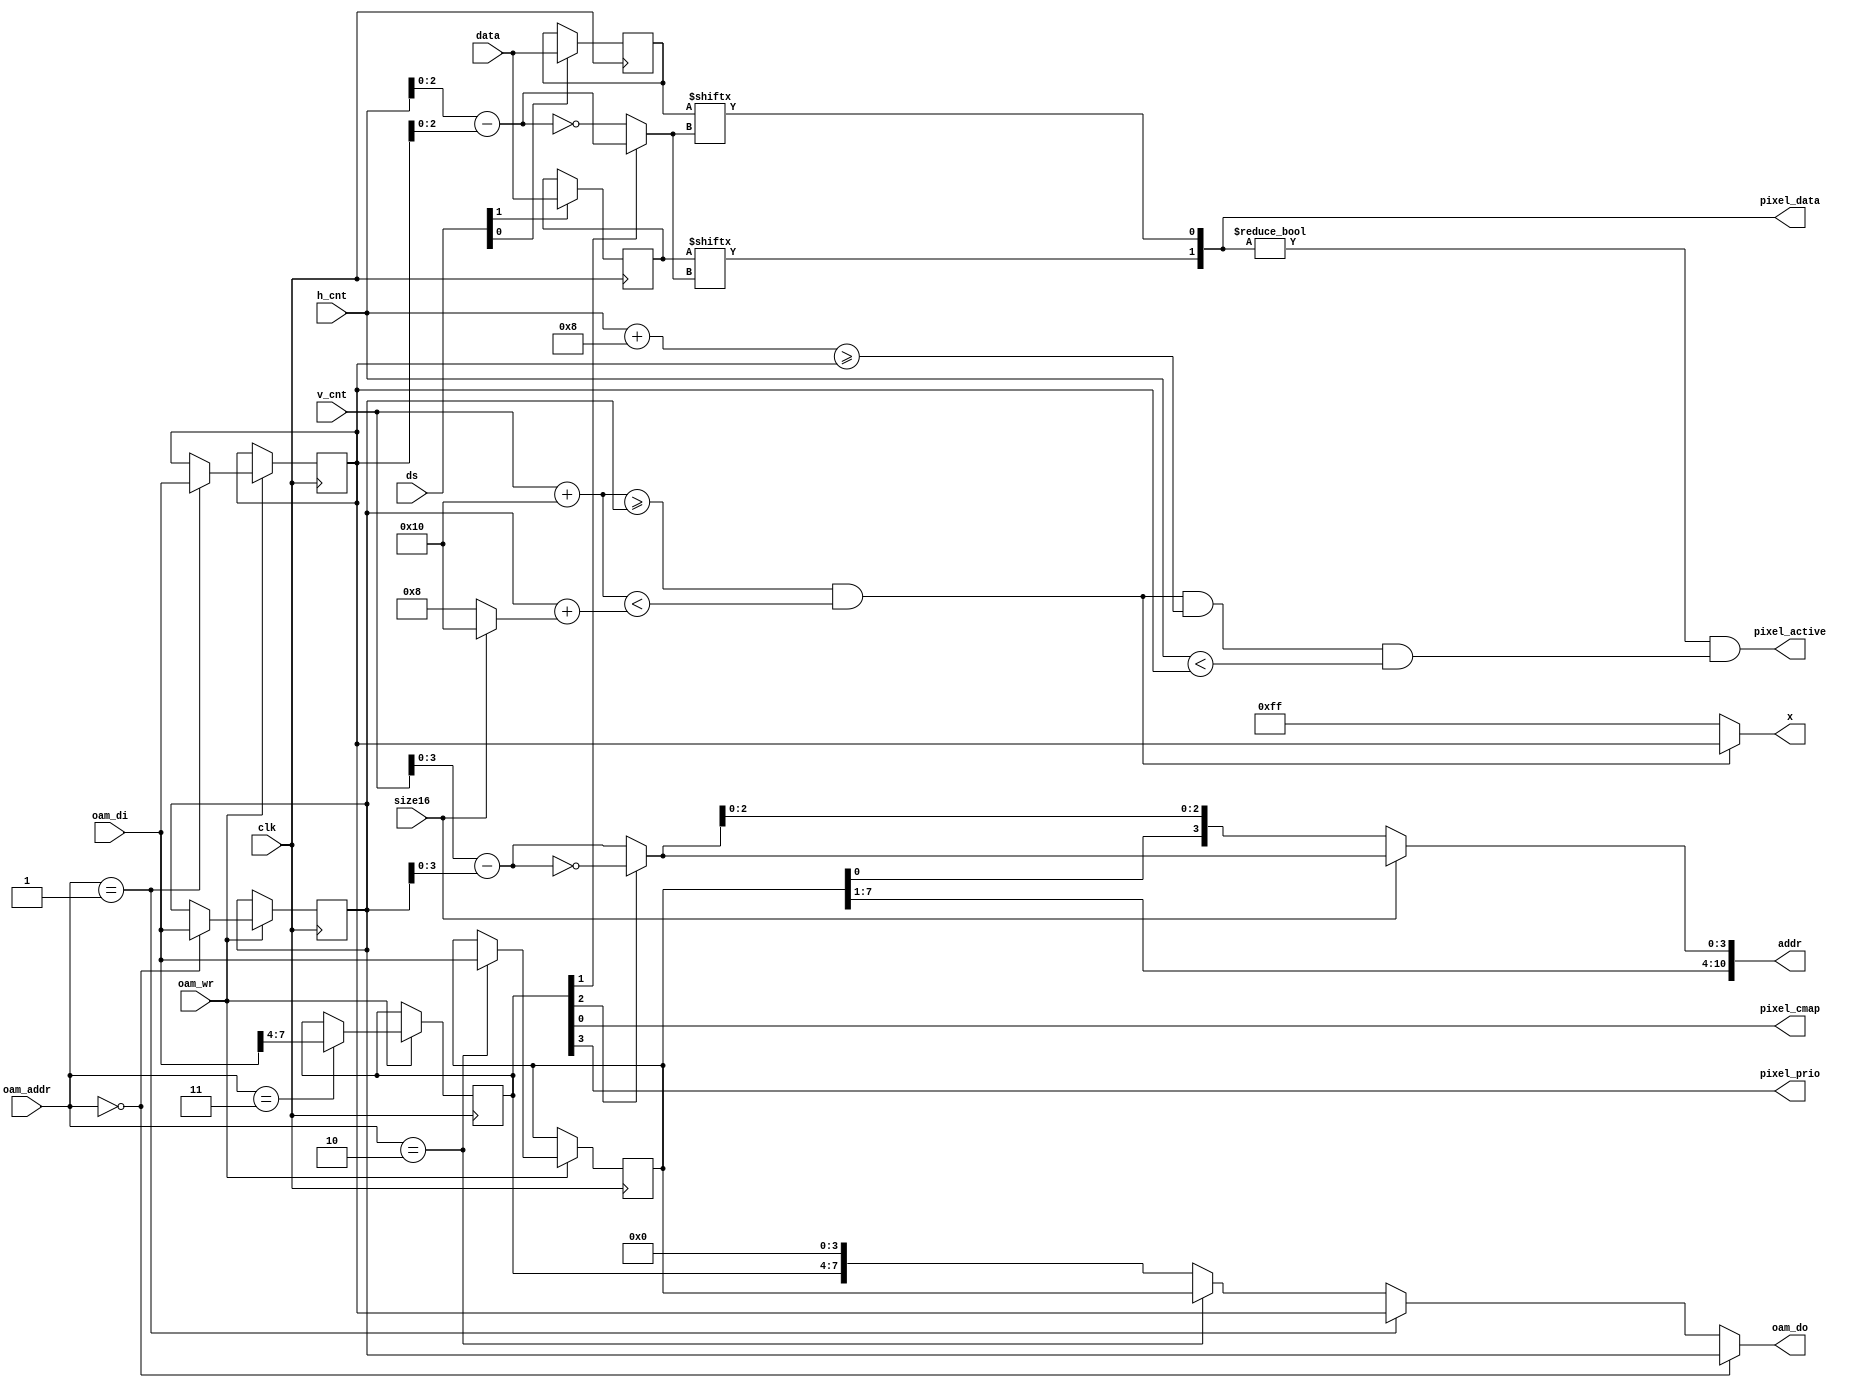
module sprite (
	input clk,
	input size16,

	input [7:0] v_cnt,
	input [7:0] h_cnt,

	output [7:0] x,
	
	// interface to read pixel data from memory	
	output [10:0] addr,
   input [1:0] ds,
	input [7:0] data,

	output pixel_active,
	output pixel_cmap,
	output pixel_prio,
	output [1:0] pixel_data,
	
	input oam_wr,
	input [1:0] oam_addr,
	input [7:0] oam_di,
	output [7:0] oam_do
);

// x position for priority detection. Invisible sprites are far to the right and
// have minimum priority
assign x = v_visible?x_pos:8'hff;

// register used to store pixel data for current line
reg [7:0] data0;
reg [7:0] data1;

always @(posedge clk) begin
	if(ds[0]) data0 <= data;
	if(ds[1]) data1 <= data;
end

wire [7:0] height = size16?8'd16:8'd8;

wire v_visible = (v_cnt + 8'd16 >= y_pos) && (v_cnt + 8'd16 < y_pos + height);
wire visible = v_visible && (h_cnt + 8'd8 >= x_pos) && (h_cnt < x_pos);

// x position within sprite, mirror horizontally if required
wire [2:0] col_n = h_cnt - x_pos;
wire [2:0] col = flags[1]?col_n:~col_n;

assign pixel_data = { data1[col], data0[col] };
assign pixel_active = (pixel_data != 0) && visible;

// y position within sprite, mirror vertically if required
wire [3:0] row_n = v_cnt - y_pos;
wire [3:0] row = flags[2]?~row_n:row_n;

// 16 pixel tall sprites use one more rwo counter bit and the lsb
// of the tile index is ignored
wire [10:0] addr8  = { tile , row[2:0]};
wire [10:0] addr16 = { tile[7:1] , row};
assign addr = size16?addr16:addr8;

assign pixel_cmap = flags[0];
assign pixel_prio = flags[3];

reg [7:0] y_pos;
reg [7:0] x_pos;
reg [7:0] tile;
reg [3:0] flags;

always @(posedge clk) begin
	if(oam_wr) begin
		case(oam_addr)
			0: y_pos <= oam_di;
			1: x_pos <= oam_di;
			2: tile  <= oam_di;
			3: flags <= oam_di[7:4];
		endcase
	end
end

assign oam_do = 
	(oam_addr == 0)?y_pos:
	(oam_addr == 1)?x_pos:
	(oam_addr == 2)?tile:
	{ flags, 4'h0 };

endmodule